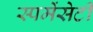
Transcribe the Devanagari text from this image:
स्पमेंसेटी